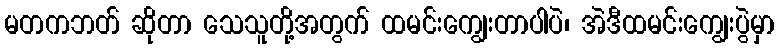
မတကဘတ် ဆိုတာ သေသူတို့အတွက် ထမင်းကျွေးတာပါပဲ၊ အဲဒီထမင်းကျွေးပွဲမှာ